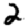
Digit: 2